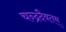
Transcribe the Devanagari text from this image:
चन्द्रदैवतम्